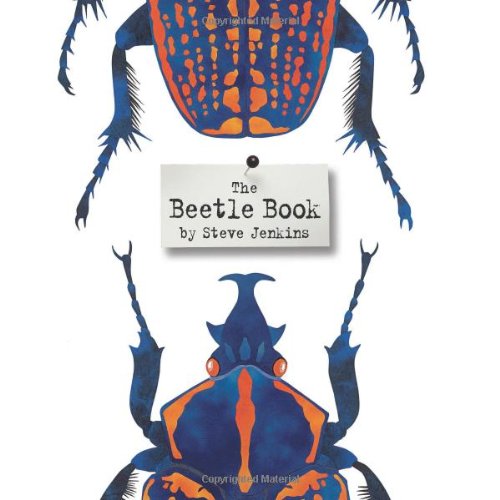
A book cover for The Beetle Book; Steve Jenkins; Children's Books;